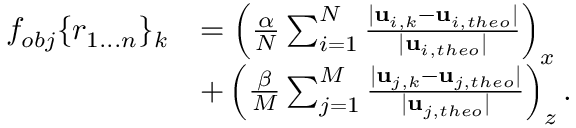
\begin{array} { r l } { f _ { o b j } \lbrace r _ { 1 . . . n } \rbrace _ { k } } & { = \left( \frac { \alpha } { N } \sum _ { i = 1 } ^ { N } \frac { \lvert { \bf { u } } _ { i , k } - { \bf { u } } _ { i , t h e o } \rvert } { \lvert { \bf { u } } _ { i , t h e o } \rvert } \right) _ { x } } \\ & { + \left( \frac { \beta } { M } \sum _ { j = 1 } ^ { M } \frac { \lvert { \bf { u } } _ { j , k } - { \bf { u } } _ { j , t h e o } \rvert } { \lvert { \bf { u } } _ { j , t h e o } \rvert } \right) _ { z } . } \end{array}